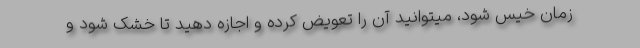
زمان خیس شود، میتوانید آن را تعویض کرده و اجازه دهید تا خشک شود و